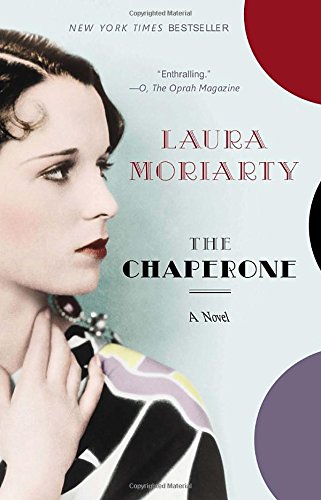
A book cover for The Chaperone; Laura Moriarty; Literature & Fiction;